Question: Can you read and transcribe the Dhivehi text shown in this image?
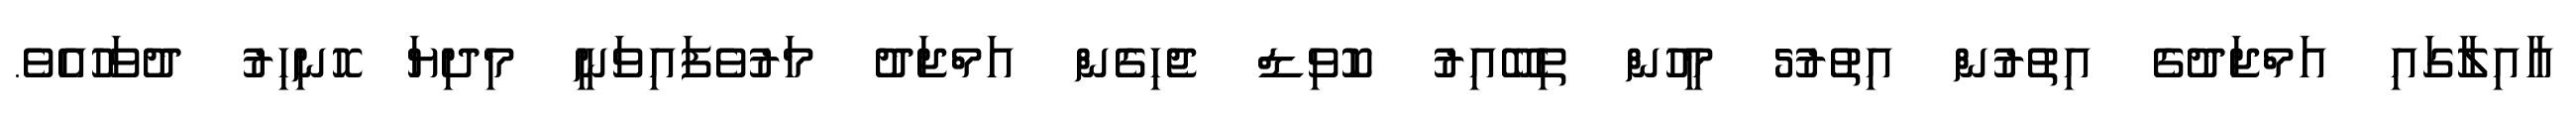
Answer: އާއިލާގައި އަމްޖަދުގެ އިތުރުން އިތުރު5 މީހުން ތިބޭއިރު ކޮވިޑް ޖެހިގެން އަމްޖަދު މަރުވެފައިވަނީ މިދިޔަ ހޮނިހިރު ދުވަހުއެވެ.